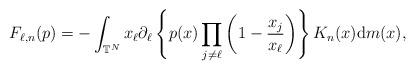
LaTeX: \begin{gather*}F_{\ell,n}(p) =-\int_{\mathbb{T}^{N}}x_{\ell}\partial_{\ell}\left\{ p(x) \prod\limits_{j\neq\ell}\left( 1-\frac{x_{j}}{x_{\ell}}\right) \right\} K_{n}(x) \mathrm{d}m(x) ,\end{gather*}